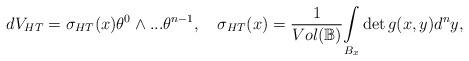
LaTeX: \begin{align*}dV_{HT}=\sigma _{HT}(x)\theta ^{0}\wedge ...\theta ^{n-1},~\ \ \sigma_{HT}(x)=\dfrac{1}{Vol(\mathbb{B})}\underset{B_{x}}{\int }\det g(x,y)d^{n}y,\end{align*}